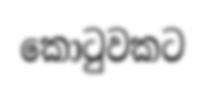
කොටුවකට